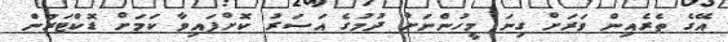
އޭގެ ތެރެއިން ވަރަށް ގިނަ މީހުންނަށް ދުމުގެ އަސަރު ކޮށްފައިވާ ކަމަށް ޑޮކްޓަރުން